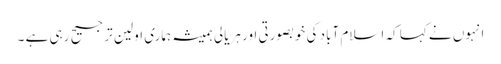
انہوں نے کہا کہ اسلام آباد کی خوبصورتی اور ہریالی ہمیشہ ہماری اولین ترجیح رہی ہے ۔